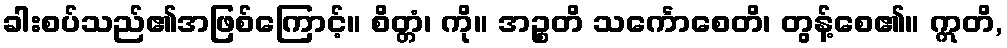
ခါးစပ်သည်၏အဖြစ်ကြောင့်။ စိတ္တံ၊ ကို။ အဉ္စတိ သင်္ကောစေတိ၊ တွန့်စေ၏။ ဣတိ,